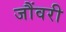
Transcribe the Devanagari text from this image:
जौंवरी